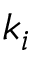
k _ { i }